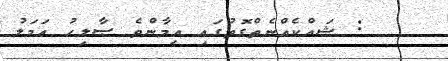
: ޝައްކެއްނެތްގޮތުގައި އީމާންވެ ޞާލިޙު އަމަލު